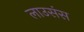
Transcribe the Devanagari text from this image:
लाउसंस